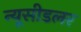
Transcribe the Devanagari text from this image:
न्यूसीडलर